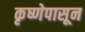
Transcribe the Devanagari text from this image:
कृष्णेपासून